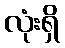
လုံးရှိ